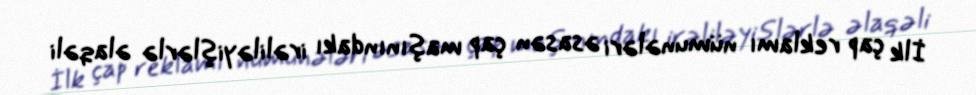
İlk çap reklamı nümunələri əsasən çap maşınındakı irəliləyişlərlə əlaqəli